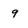
Character: 9